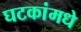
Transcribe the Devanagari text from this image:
घटकांमधे